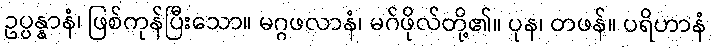
ဥပ္ပန္နာနံ၊ ဖြစ်ကုန်ပြီးသော။ မဂ္ဂဖလာနံ၊ မဂ်ဖိုလ်တို့၏။ ပုန၊ တဖန်။ ပရိဟာနံ